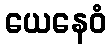
ယေနေဝံ